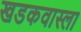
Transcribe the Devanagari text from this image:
खडकवास्ला